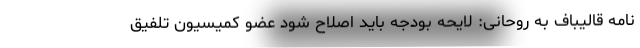
نامه قالیباف به روحانی: لایحه بودجه باید اصلاح شود عضو کمیسیون تلفیق